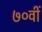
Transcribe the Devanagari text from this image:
७०वीं